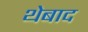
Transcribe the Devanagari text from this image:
थेबाद